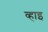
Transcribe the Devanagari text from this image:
व्हाइ